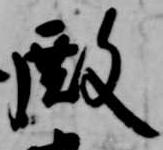
殿